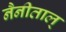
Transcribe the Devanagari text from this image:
नैनीताल्